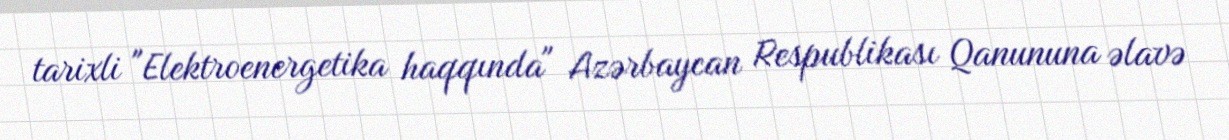
tarixli "Elektroenergetika haqqında" Azərbaycan Respublikası Qanununa əlavə